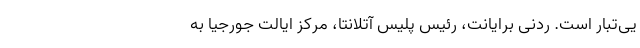
یی‌تبار است. ردنی برایانت، رئیس پلیس آتلانتا، مرکز ایالت جورجیا به